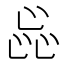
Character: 𬼫